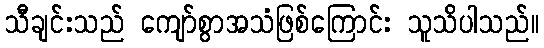
သီချင်းသည် ကျော်စွာအသံဖြစ်ကြောင်း သူသိပါသည်။